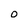
Character: o